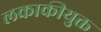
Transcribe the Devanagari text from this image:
लकाकीयुक्त